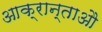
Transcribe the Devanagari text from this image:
आक्रान्ताऔ